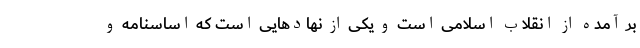
بر آمده از انقلاب اسلامی است و یکی از نهاد‌هایی است که اساسنامه و